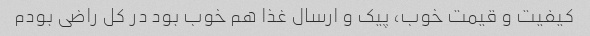
کیفیت و قیمت خوب، پیک و ارسال غذا هم خوب بود در کل راضی بودم